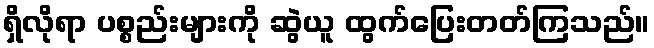
ရှိလိုရာ ပစ္စည်းများကို ဆွဲယူ ထွက်ပြေးတတ်ကြသည်။